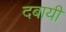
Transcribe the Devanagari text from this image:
दबायी